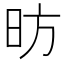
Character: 昉